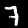
Digit: 7